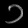
Digit: ၁